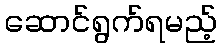
ဆောင်ရွက်ရမည့်